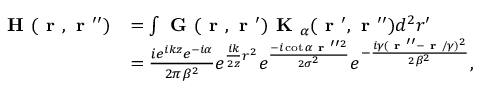
\begin{array} { r l } { \textbf { H } ( \textbf { r } , \textbf { r } ^ { \prime \prime } ) } & { = \int \textbf { G } ( \textbf { r } , \textbf { r } ^ { \prime } ) \textbf { K } _ { \alpha } ( \textbf { r } ^ { \prime } , \textbf { r } ^ { \prime \prime } ) d ^ { 2 } r ^ { \prime } } \\ & { = \frac { i e ^ { i k z } e ^ { - i \alpha } } { 2 \pi \beta ^ { 2 } } e ^ { \frac { i k } { 2 z } r ^ { 2 } } e ^ { \frac { - i \cot { \alpha } \textbf { r } ^ { \prime \prime 2 } } { 2 \sigma ^ { 2 } } } e ^ { - \frac { i \gamma ( \textbf { r } ^ { \prime \prime } - \textbf { r } / \gamma ) ^ { 2 } } { 2 \beta ^ { 2 } } } , } \end{array}